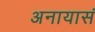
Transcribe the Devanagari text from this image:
अनायासं